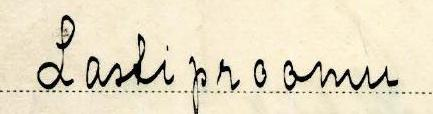
Lastiproomu